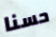
حسنا